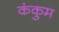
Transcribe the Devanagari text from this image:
कंकुम